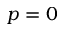
p = 0